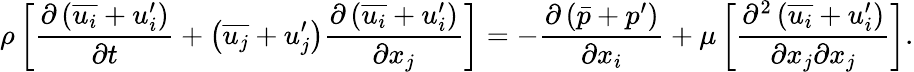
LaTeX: \rho\left[{\frac{\partial\left({\overline{{u_{i}}}}+u_{i}^{\prime}\right)}{\partial t}}+\left({\overline{{u_{j}}}}+u_{j}^{\prime}\right){\frac{\partial\left({\overline{{u_{i}}}}+u_{i}^{\prime}\right)}{\partial x_{j}}}\right]=-{\frac{\partial\left({\bar{p}}+p^{\prime}\right)}{\partial x_{i}}}+\mu\left[{\frac{\partial^{2}\left({\overline{{u_{i}}}}+u_{i}^{\prime}\right)}{\partial x_{j}\partial x_{j}}}\right].